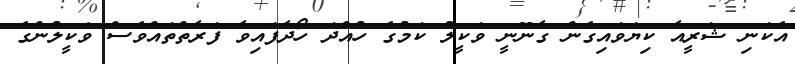
އެކަނި ޝަރީއާ ކިޔަވައިގެން ގާނޫނީ ވަކީލު ކަމުގެ ހުއްދަ ހޯދާފައިވާ ފަރާތްތައްވެސް ވަކީލުންގެ